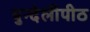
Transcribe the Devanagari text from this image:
बुन्देलीपीठ